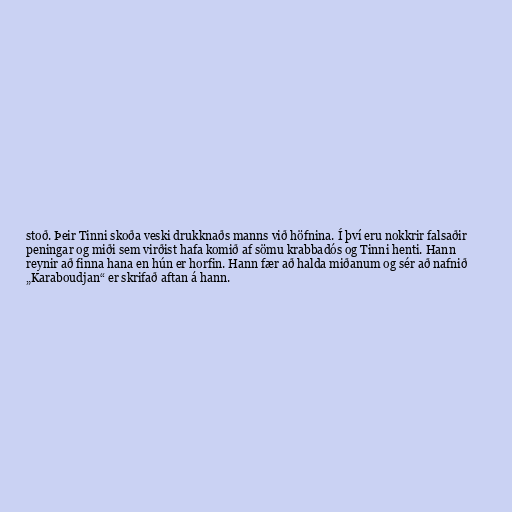
stoð. Þeir Tinni skoða veski drukknaðs manns við höfnina. Í því eru nokkrir falsaðir
peningar og miði sem virðist hafa komið af sömu krabbadós og Tinni henti. Hann
reynir að finna hana en hún er horfin. Hann fær að halda miðanum og sér að nafnið
„Karaboudjan“ er skrifað aftan á hann.